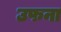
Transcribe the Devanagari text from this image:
उफना